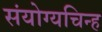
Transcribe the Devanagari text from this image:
संयोग्यचिन्ह